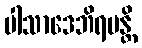
ပါသာဒေဘိရမန္တိ